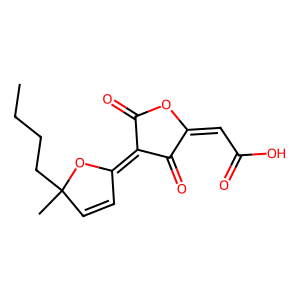
SMILES: CCCCC1(C)C=CC(=C2C(=O)OC(=CC(=O)O)C2=O)O1
Inhibits HIV replication: No